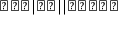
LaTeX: \bigstar \bigstar \bigstar | \bigstar \bigstar | | \bigstar \bigstar \bigstar \bigstar \bigstar